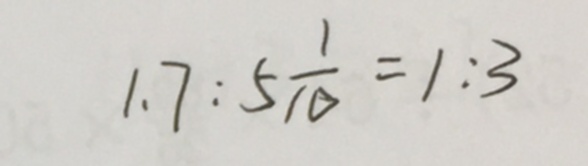
1 . 7 : 5 \frac { 1 } { 1 0 } = 1 : 3